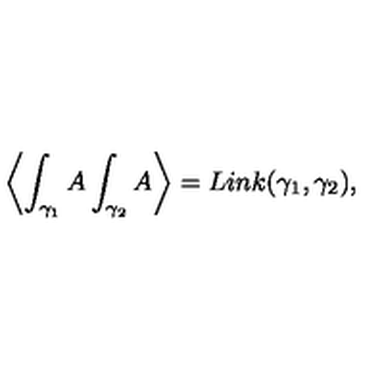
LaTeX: \left\langle \int _ { \gamma _ { 1 } } A \int _ { \gamma _ { 2 } } A \right\rangle = L i n k ( \gamma _ { 1 } , \gamma _ { 2 } ) ,